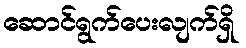
ဆောင်ရွက်ပေးလျက်ရှိ